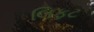
લિફટ